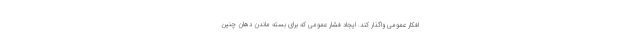
افکار عمومی واگذار کند. ایجاد فشار عمومی که برای بسته ماندن دهان چنین